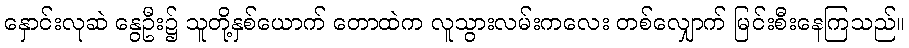
နှောင်းလုဆဲ နွေဦး၌ သူတို့နှစ်ယောက် တောထဲက လူသွားလမ်းကလေး တစ်လျှောက် မြင်းစီးနေကြသည်။